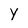
Character: Y